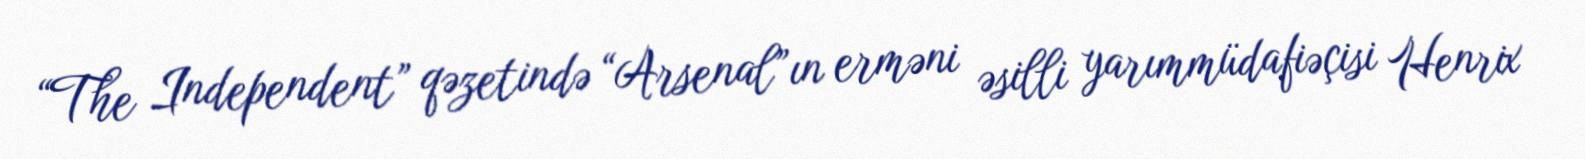
“The Independent” qəzetində “Arsenal”ın erməni əsilli yarımmüdafiəçisi Henrix